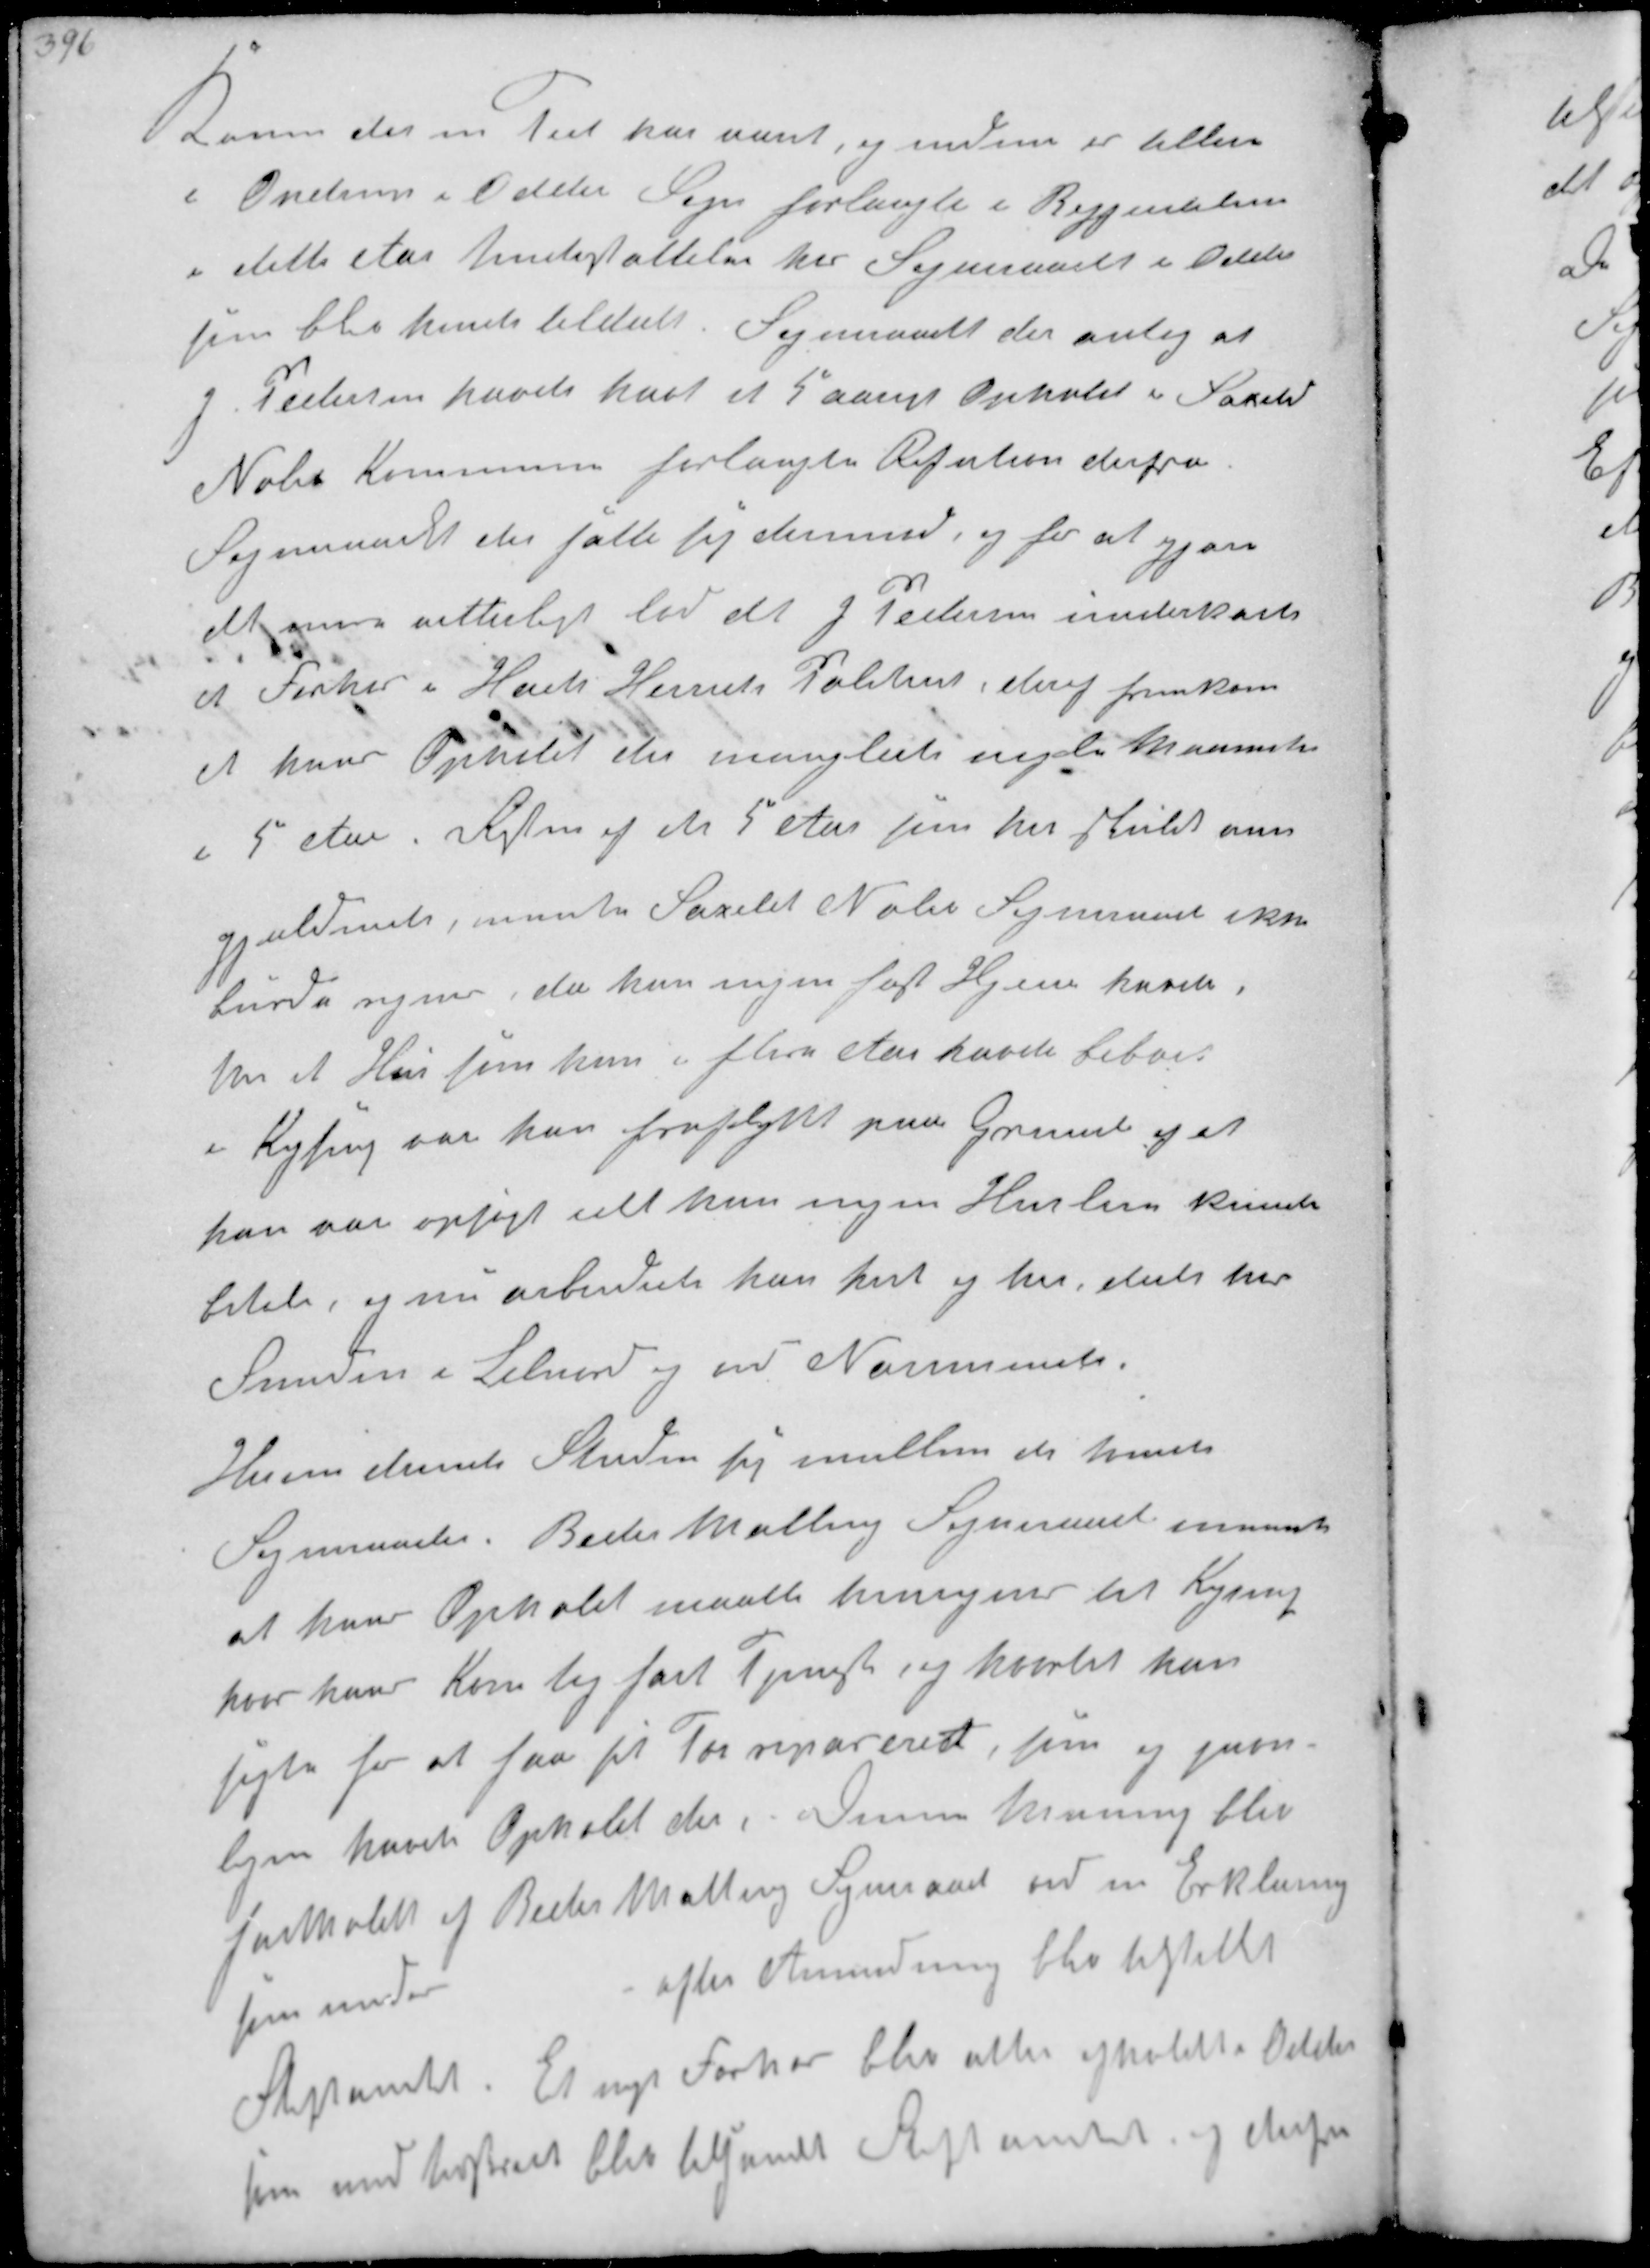
Transskription:
Konen der en Tid var været og endnu er  
i  i Odder Sogn forlangte i Begyndelsen
i dette Aar Understøttelse her. Sogneraadet i October 
som blev hende tildelt Sogneraadet der antog at
Pedersen havde haft et 5 aarigt Ophold i Saxild
Nølev Kommune forlangte Refution derfra
Formandet der satte sig derimod, og for at gjøre
det mere vitterligt lod det J Pedersen underkaste
et Forhør i Hads Herreds Politiret deraf fremkom
at hans Ophold der manglede nogle Maaneder
i 5 Aar. Resten af de 5 Aar som her skulde være

gjældende, mente Saxild Nølev Sogneraad ikke
burde regnes da han ingen fast Hjem havde i
de et Hus som han i flere Aar havde beboet
i Kysing var han fraflyttet paa Grund og at
han var opsagt idet han ingen Husleje kunde
betale, og nu arbejdede han hist og her dels hos
Smeden i Lilnord og ved Norsminde
Hvem derude Striden sig imellem de tvende 
Sogneraad. Beder Malling Sogneraad mente
at hans Ophold maatte henregnes til Kysing
hvor hans Kone tog fast tjeneste, og hvortil han
søgte for at faa sit Tøj repareret, hun og fami-
ljen havde Opholdt der. Denne Mening blev
fastholdt af Beder Malling Sogneraad ved en Erklæring
som under
efter Anmodning blev tilstillet
Stiftamtet. Et nyt Forhør blev atter afholdt i Odder
som med Udskrift blev tilsendt Stiftamtet og derfra